Treatise on elephants
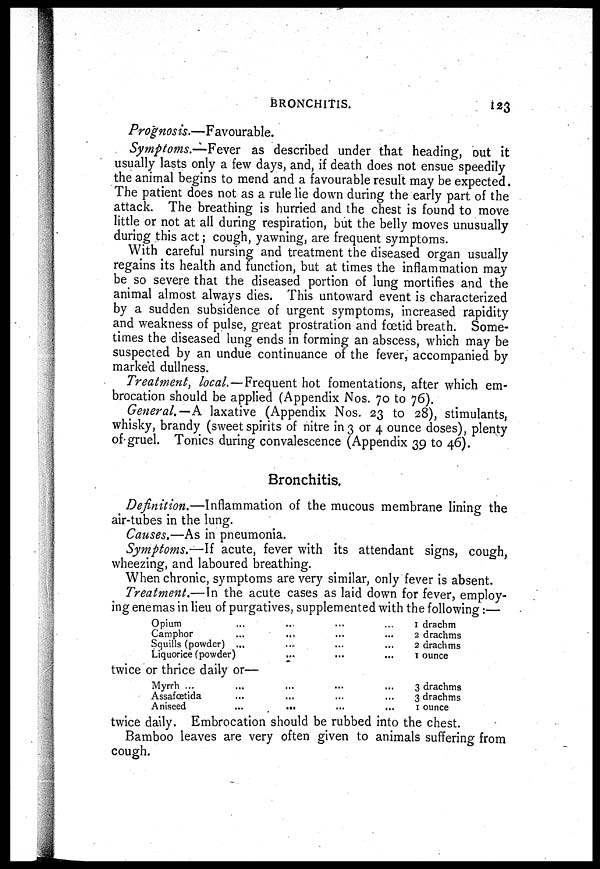
BRONCHITIS.
123
Prognosis.—Favourable.
Symptoms.—Fever as described under that heading, but it
usually lasts only a few days, and, if death does not ensue speedily
the animal begins to mend and a favourable result may be expected.
The patient does not as a rule lie down during the early part of the
attack. The breathing is hurried and the chest is found to move
little or not at all during respiration, but the belly moves unusually
during this act; cough, yawning, are frequent symptoms.
With careful nursing and treatment the diseased organ usually
regains its health and function, but at times the inflammation may
be so severe that the diseased portion of lung mortifies and the
animal almost always dies. This untoward event is. characterized
by a sudden subsidence of urgent symptoms, increased rapidity
and weakness of pulse, great prostration and foetid breath. Some-
times the diseased lung ends in forming an abscess, which may be
suspected by an undue continuance of the fever, accompanied by
marked dullness.
Treatment, local.—Frequent hot fomentations, after which em-
brocation should be applied (Appendix Nos. 70 to 76).
General.—A laxative (Appendix Nos. 23 to 28), stimulants,
whisky, brandy (sweet spirits of nitre in 3 or 4 ounce doses), plenty
of gruel. Tonics during convalescence (Appendix 39 to 46).
Bronchitis.
Definition.—Inflammation of the mucous membrane lining the
air-tubes in the lung.
Causes.—As in pneumonia.
Symptoms.—If acute, fever with its attendant signs, cough,
wheezing, and laboured breathing.
When chronic, symptoms are very similar, only fever is absent.
Treatment.—In the acute cases as laid down for fever, employ-
ing enemas in lieu of purgatives, supplemented with the following:—
Opium ... ... ... ...
Camphor ... ... ... ...
Squills (powder) ... ... ... ...
Liquorice (powder) ... ... ... ...
twice or thrice daily or—
Myrrh ... ... ... ...
Assafœtida ... ... ... ...
Aniseed ... ... ... ...
1 drachm
2 drachms
2 drachms
1 ounce
3 drachms
3 drachms
1 ounce
twice daily. Embrocation should be rubbed into the chest.
Bamboo leaves are very often given to animals suffering from
cough.